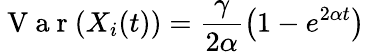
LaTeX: \mathrm{~V~a~r~}(X_{i}(t))=\frac{\gamma}{2\alpha}\left(1-e^{2\alpha t}\right)